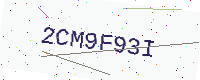
Text: 2CM9F93I